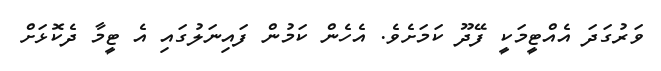
ވަރުގަދަ އެއްޓީމަކީ ފޭދޫ ކަމަށެވެ. އެހެން ކަމުން ފައިނަލުގައި އެ ޓީމާ ދެކޮޅަށް